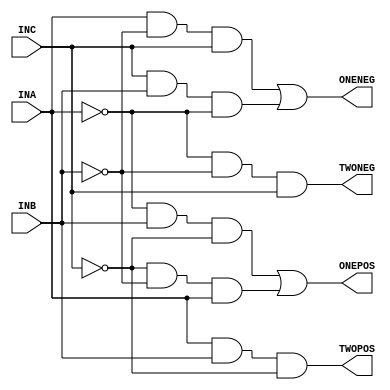
module smdecoder ( INA, INB, INC, TWOPOS, TWONEG, ONEPOS, ONENEG );
   input  INA;
   input  INB;
   input  INC;
   output TWOPOS;
   output TWONEG;
   output ONEPOS;
   output ONENEG;
   assign TWOPOS =  ~ ( ~ (INA & INB & ( ~ INC)));
   assign TWONEG =  ~ ( ~ (( ~ INA) & ( ~ INB) & INC));
   assign ONEPOS = (( ~ INA) & INB & ( ~ INC)) | (( ~ INC) & ( ~ INB) & INA);
   assign ONENEG = (INA & ( ~ INB) & INC) | (INC & INB & ( ~ INA));
endmodule